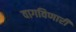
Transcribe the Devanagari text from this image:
वागविणारी